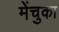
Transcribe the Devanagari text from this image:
मेंचुका